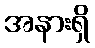
အနားရှိ